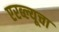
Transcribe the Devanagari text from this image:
एरब्ल्यूचा